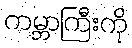
ကမ္ဘာကြီးကို